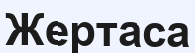
Жертаса